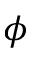
\phi